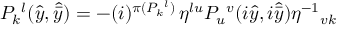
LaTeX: P _ { k } { } ^ { l } ( \hat { y } , \hat { \bar { y } } ) = - ( i ) ^ { \pi ( P _ { k } { } ^ { l } ) } \, \eta ^ { l u } P _ { u } { } ^ { v } ( i \hat { y } , i \hat { \bar { y } } ) \eta ^ { - 1 } { } _ { v k }